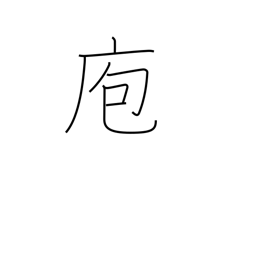
Meaning: kitchen